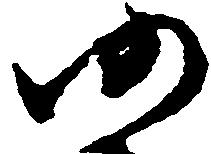
仍